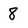
Character: 8